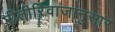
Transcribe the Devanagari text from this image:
रीतीरिवाजानुसार